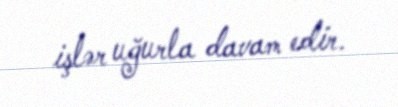
işlər uğurla davam edir.